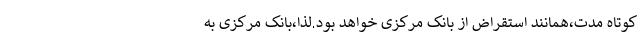
کوتاه مدت،همانند استقراض از بانک مرکزی خواهد بود.لذا،بانک مرکزی به